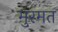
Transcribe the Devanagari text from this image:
मुरमत